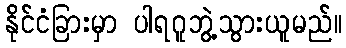
နိုင်ငံခြားမှာ ပါရဂူဘွဲ့သွားယူမည်။